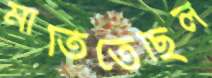
মাতিতেছিল